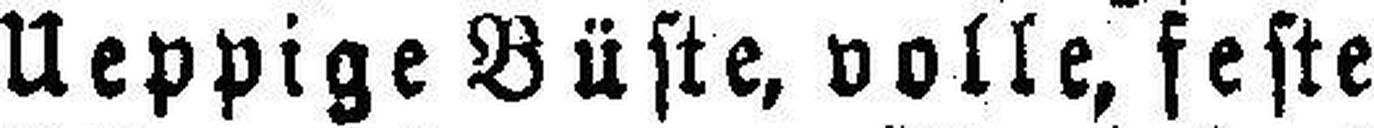
Ueppige Büste, volle, feste